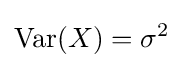
\operatorname {Var} (X)=\sigma ^{2}